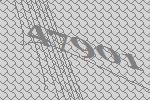
47901